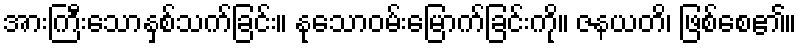
အားကြီးသောနှစ်သက်ခြင်း။ နုသောဝမ်းမြောက်ခြင်းကို။ ဇနယတိ၊ ဖြစ်စေ၏။